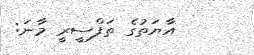
އާޔަތުގެ ތަފްސީރީ މާނަ: